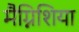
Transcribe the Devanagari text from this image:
मैग्निशिया